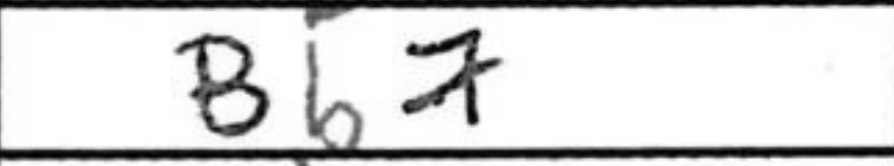
Transcription: Bb7